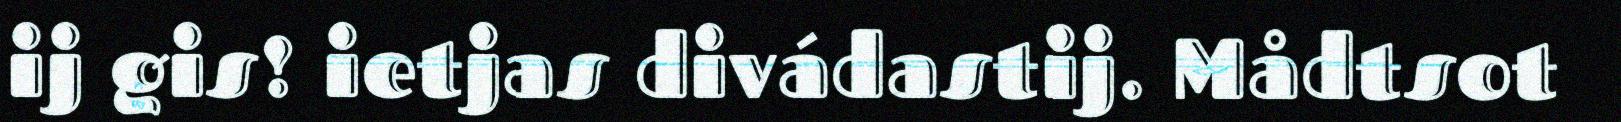
ij gis! ietjas divádastij. Mådtsot